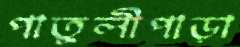
পাতুলীপাড়া